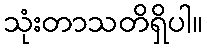
သုံးတာသတိရှိပါ။